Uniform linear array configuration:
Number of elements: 12
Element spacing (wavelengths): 0.25
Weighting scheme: uniform
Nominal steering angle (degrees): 60
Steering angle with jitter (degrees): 60.485
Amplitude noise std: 0.05
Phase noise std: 0.05

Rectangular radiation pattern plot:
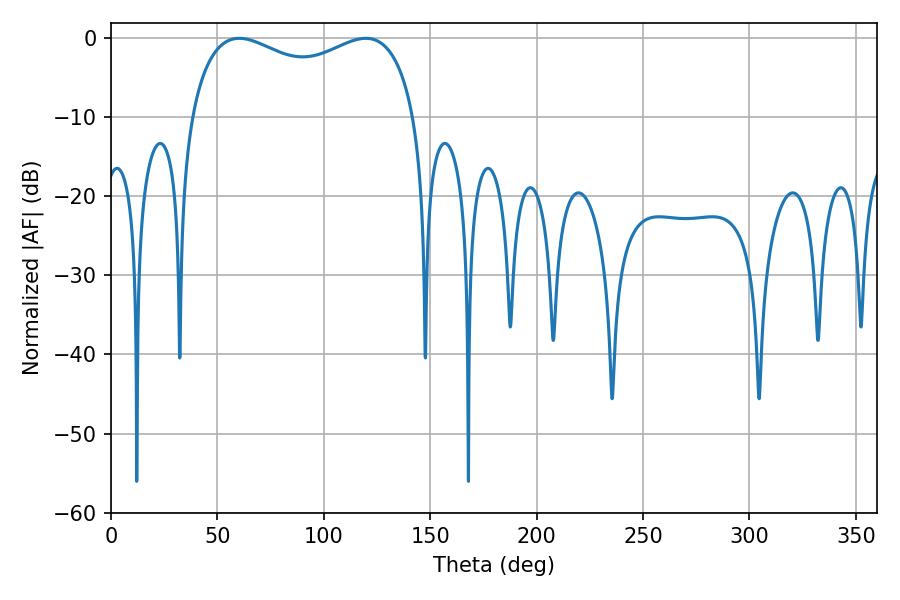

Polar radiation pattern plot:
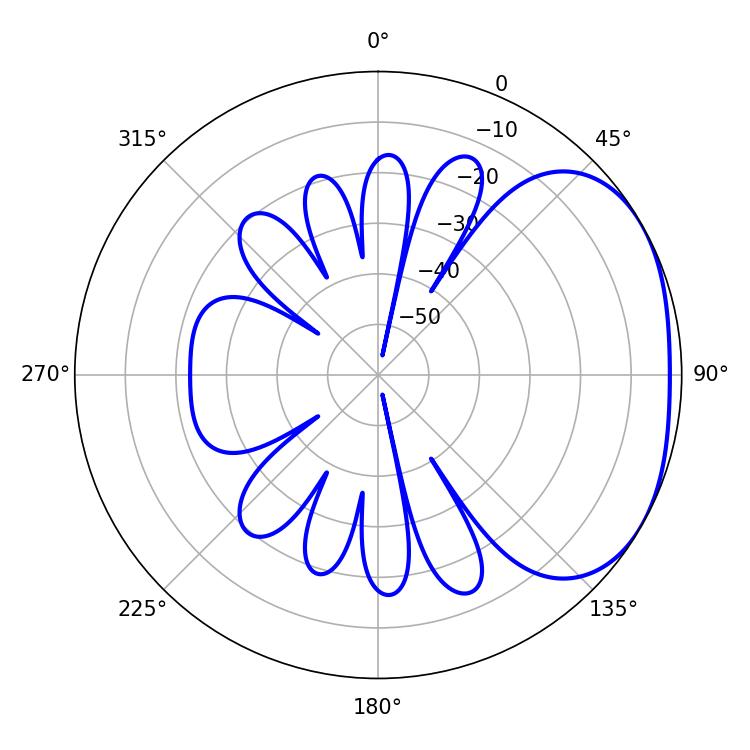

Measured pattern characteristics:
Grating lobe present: FALSE
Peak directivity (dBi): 2.442
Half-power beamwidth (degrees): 87.84
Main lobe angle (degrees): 60.3